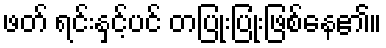
ဖတ် ရင်းနှင့်ပင် တပြုံးပြုံးဖြစ်နေ၏။